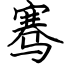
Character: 骞